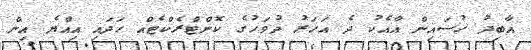
އާބިދު ހުސައިން އާއެކު ދެ އަހަރު ދުވަހުގެ ކޮންޓްރެކްޓެއް ހަދައި އިއްޔެ އިން